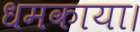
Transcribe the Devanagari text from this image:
धमकाया।